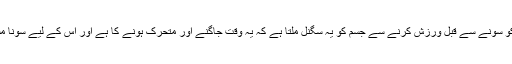
درحقیقت رات کو سونے سے قبل ورزش کرنے سے جسم کو یہ سگنل ملتا ہے کہ یہ وقت جاگنے اور متحرک ہونے کا ہے اور اس کے لیے سونا مشکل ہوجاتا ہے۔